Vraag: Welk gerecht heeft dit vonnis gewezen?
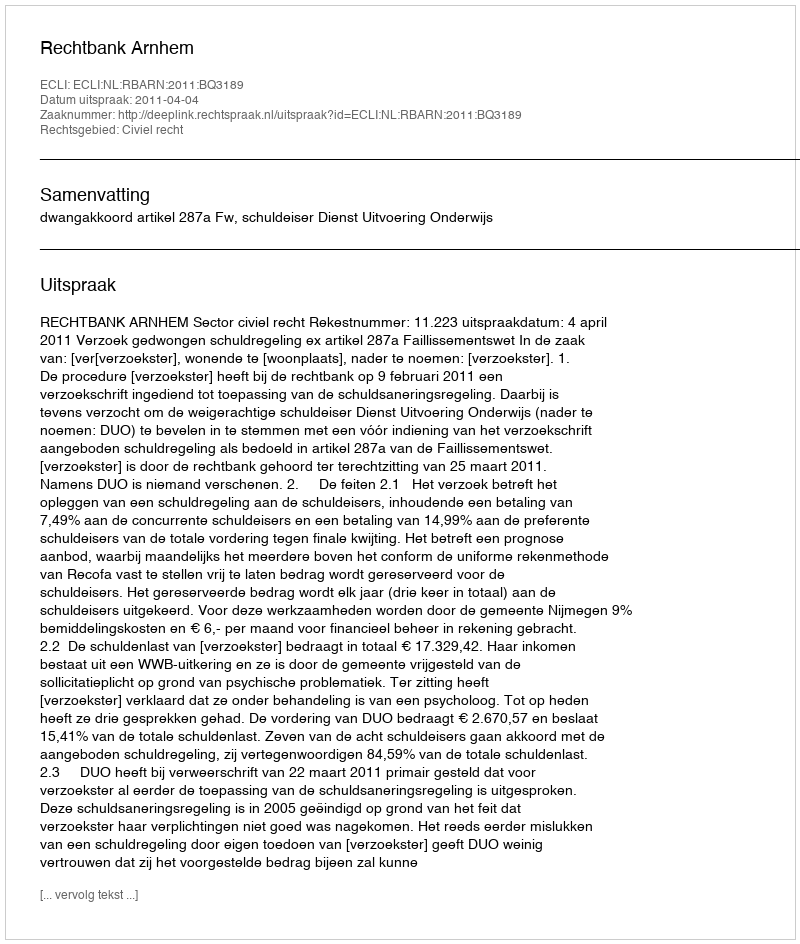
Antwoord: Rechtbank Arnhem